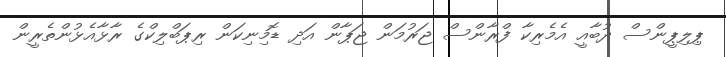
ޕިލިޕީންސް ދުބާއީ އެމެރިކާ ފްރާންސް ޖަރުމަން ޖަޕާން އަދި ޑޮމިނިކަން ރިޕަބްލިކްގެ ރާޅާއެޅުންތެރީން